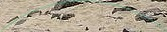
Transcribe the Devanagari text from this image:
ग्रिर्फोइगोदुय्दुग्दुएओगिसोद्त्घ्दीईईईईइगोफुसूऔऔऔऔऔऔऔऔऔऔऔऔऔऔऔऔऔऔऔऔऔऔऔऔऔऔऔऔओइरुफ्गुइस्ग्फिस्ग्फुय्ग्क्षुऔऔऔऔऔऔऔऔऔऔऔऔऔऔऔऔऔऔऔऔऔऔऔऔऔऔऔऔऔऔऔऔऔऔऔऔऔऔऔऔऔऔऔऔऔऔऔऔऔऔऔऔऔऔऔऔऔऔऔऔऔऔऔऔऔऔऔऔऔऔऔऔऔऔऔऔऔऔऔऔऔऔऔऔऔऔऔऔऔऔऔऔऔऔऔऔऔऔऔऔऔऔऔऔऔऔऔऔ